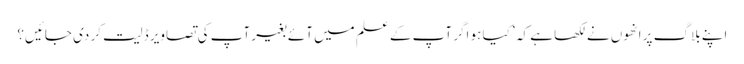
اپنے بلاگ پر انھوں نے لکھا ہے کہ ’ کیا ہو اگر آپ کے علم میں آئے بغیر آپ کی تصاویر ڈلیت کر دی جائیں؟